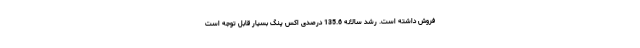
فروش داشته است. رشد سالانه 135.6 درصدی اکس پنگ بسیار قابل توجه است